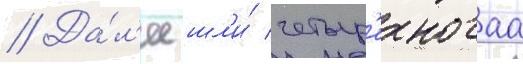
// Да́л'ее шл'и́ четыр'ехногаа